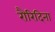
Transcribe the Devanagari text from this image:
रौरिदिना